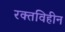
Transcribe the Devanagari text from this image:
रक्तविहीन